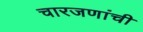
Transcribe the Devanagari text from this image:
चारजणांची